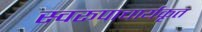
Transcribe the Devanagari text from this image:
स्वरूपाचार्यकृत